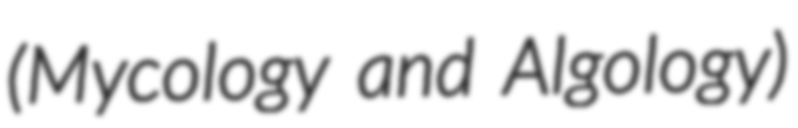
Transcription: (Mycology and Algology)